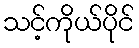
သင့်ကိုယ်ပိုင်